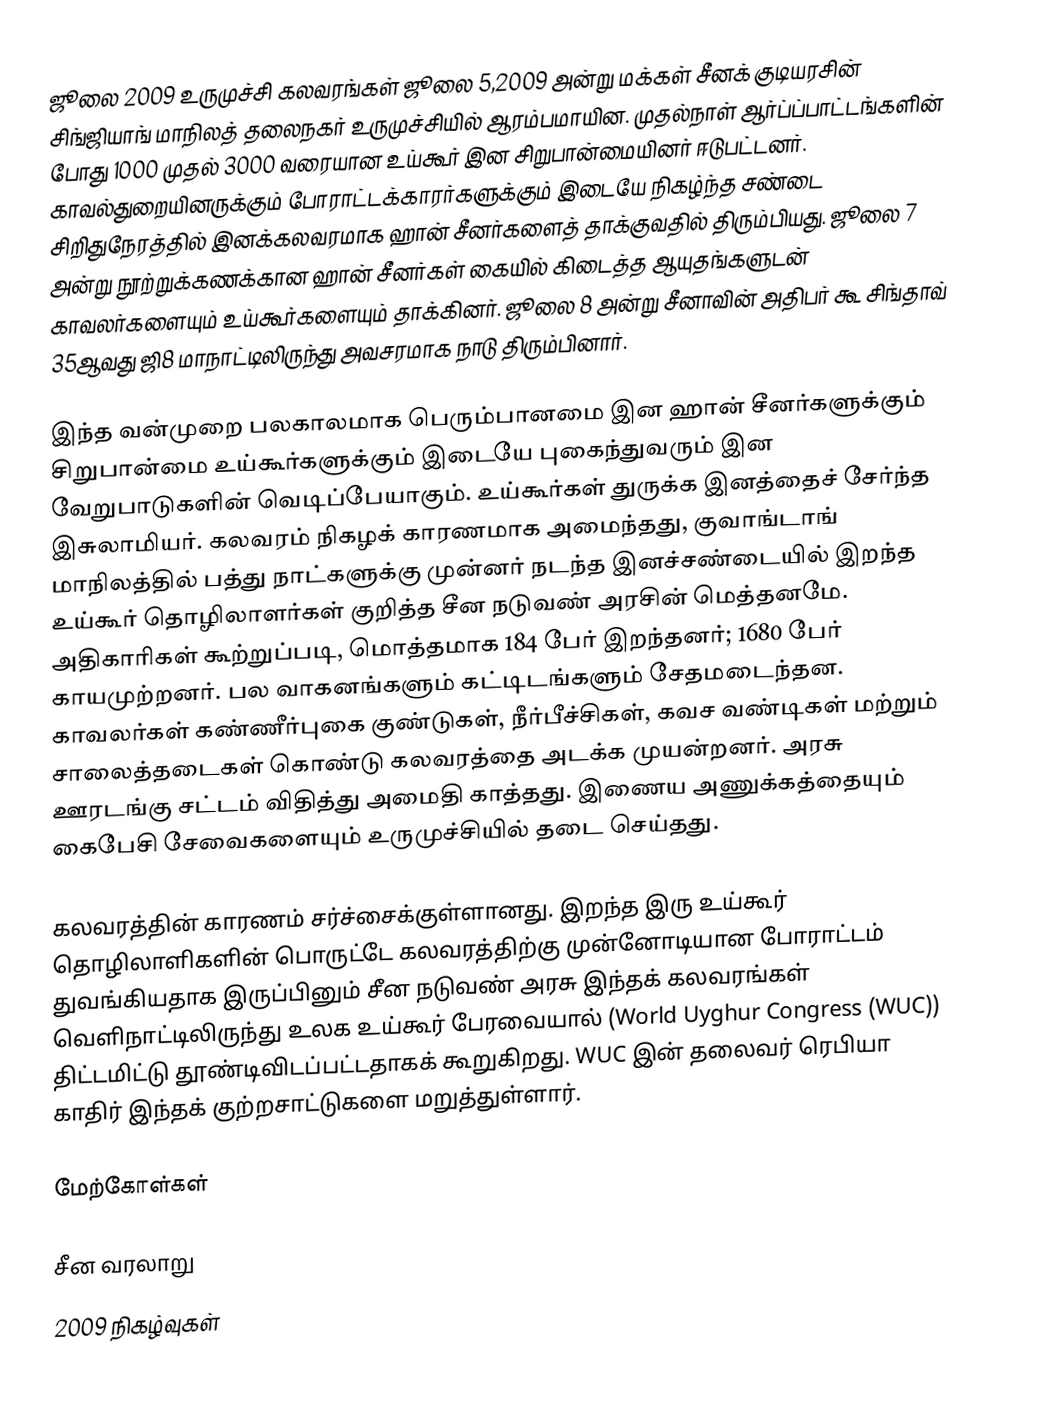
ஜூலை 2009 உருமுச்சி கலவரங்கள் ஜூலை 5,2009 அன்று மக்கள் சீனக் குடியரசின் சிங்ஜியாங் மாநிலத் தலைநகர் உருமுச்சியில் ஆரம்பமாயின. முதல்நாள் ஆர்ப்ப்பாட்டங்களின் போது 1000 முதல் 3000 வரையான உய்கூர் இன சிறுபான்மையினர் ஈடுபட்டனர். காவல்துறையினருக்கும் போராட்டக்காரர்களுக்கும் இடையே நிகழ்ந்த சண்டை சிறிதுநேரத்தில் இனக்கலவரமாக ஹான் சீனர்களைத் தாக்குவதில் திரும்பியது. ஜூலை 7 அன்று நூற்றுக்கணக்கான ஹான் சீனர்கள் கையில் கிடைத்த ஆயுதங்களுடன் காவலர்களையும் உய்கூர்களையும் தாக்கினர். ஜூலை 8 அன்று சீனாவின் அதிபர் கூ சிங்தாவ் 35ஆவது ஜி8 மாநாட்டிலிருந்து அவசரமாக நாடு திரும்பினார்.

இந்த வன்முறை பலகாலமாக பெரும்பானமை இன ஹான் சீனர்களுக்கும் சிறுபான்மை உய்கூர்களுக்கும் இடையே புகைந்துவரும் இன வேறுபாடுகளின் வெடிப்பேயாகும். உய்கூர்கள் துருக்க இனத்தைச் சேர்ந்த இசுலாமியர். கலவரம் நிகழக் காரணமாக அமைந்தது, குவாங்டாங் மாநிலத்தில் பத்து நாட்களுக்கு முன்னர் நடந்த இனச்சண்டையில் இறந்த உய்கூர் தொழிலாளர்கள் குறித்த சீன நடுவண் அரசின் மெத்தனமே. அதிகாரிகள் கூற்றுப்படி, மொத்தமாக 184 பேர் இறந்தனர்; 1680 பேர் காயமுற்றனர். பல வாகனங்களும் கட்டிடங்களும் சேதமடைந்தன. காவலர்கள் கண்ணீர்புகை குண்டுகள், நீர்பீச்சிகள், கவச வண்டிகள் மற்றும் சாலைத்தடைகள் கொண்டு கலவரத்தை அடக்க முயன்றனர். அரசு ஊரடங்கு சட்டம் விதித்து அமைதி காத்தது. இணைய அணுக்கத்தையும்  கைபேசி சேவைகளையும் உருமுச்சியில் தடை செய்தது.

கலவரத்தின் காரணம் சர்ச்சைக்குள்ளானது. இறந்த இரு உய்கூர் தொழிலாளிகளின் பொருட்டே கலவரத்திற்கு முன்னோடியான போராட்டம் துவங்கியதாக இருப்பினும் சீன நடுவண் அரசு இந்தக் கலவரங்கள் வெளிநாட்டிலிருந்து உலக உய்கூர் பேரவையால் (World Uyghur Congress (WUC)) திட்டமிட்டு தூண்டிவிடப்பட்டதாகக் கூறுகிறது. WUC இன் தலைவர் ரெபியா காதிர் இந்தக் குற்றசாட்டுகளை மறுத்துள்ளார்.

மேற்கோள்கள்

சீன வரலாறு
2009 நிகழ்வுகள்